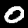
Label: 0